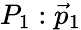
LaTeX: P_{1}:{\vec{p}}_{1}